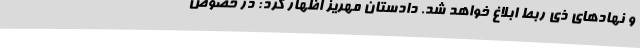
و نهادهای ذی ربط ابلاغ خواهد شد. دادستان مهریز اظهار کرد: در خصوص